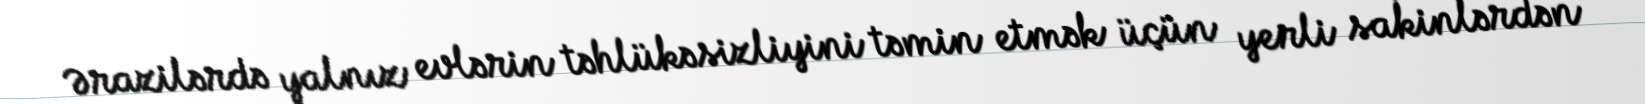
Ərazilərdə yalnız evlərin təhlükəsizliyini təmin etmək üçün yerli sakinlərdən